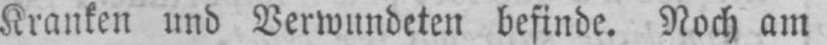
Kranken und Verwundeten befinde. Noch am